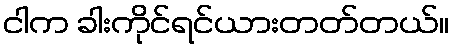
ငါက ခါးကိုင်ရင်ယားတတ်တယ်။